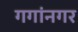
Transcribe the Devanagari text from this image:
गगांनगर